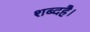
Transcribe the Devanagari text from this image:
शब्दहै।